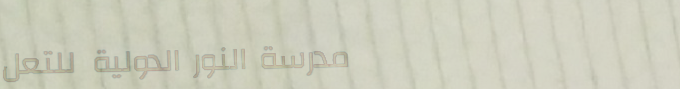
مدرسة النور الدولية للتعل